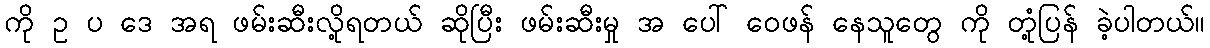
ကို ဥ ပ ဒေ အရ ဖမ်းဆီးလို့ရတယ် ဆိုပြီး ဖမ်းဆီးမှု အ ပေါ် ဝေဖန် နေသူတွေ ကို တုံ့ပြန် ခဲ့ပါတယ်။